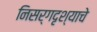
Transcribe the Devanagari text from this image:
निसर्गदृश्याचे